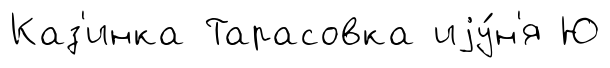
Каз'инка Тарасовка иjу́н'я Ю